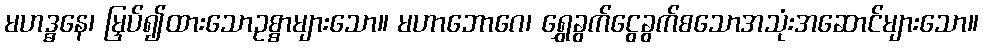
မဟဒ္ဓနေ၊ မြှပ်၍ထားသောဥစ္စာများသော။ မဟာဘောဂေ၊ ရွှေခွက်ငွေခွက်စသောအသုံးအဆောင်များသော။